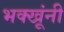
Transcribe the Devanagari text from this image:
भक्खूंनी